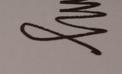
Signature authenticity: genuine